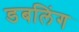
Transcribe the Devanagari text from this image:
डबलिंग